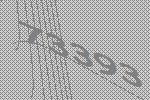
73393